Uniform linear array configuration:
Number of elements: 16
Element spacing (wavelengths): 0.25
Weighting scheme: exponential
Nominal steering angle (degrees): -45
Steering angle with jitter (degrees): -46.653
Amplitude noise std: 0.05
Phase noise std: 0.05

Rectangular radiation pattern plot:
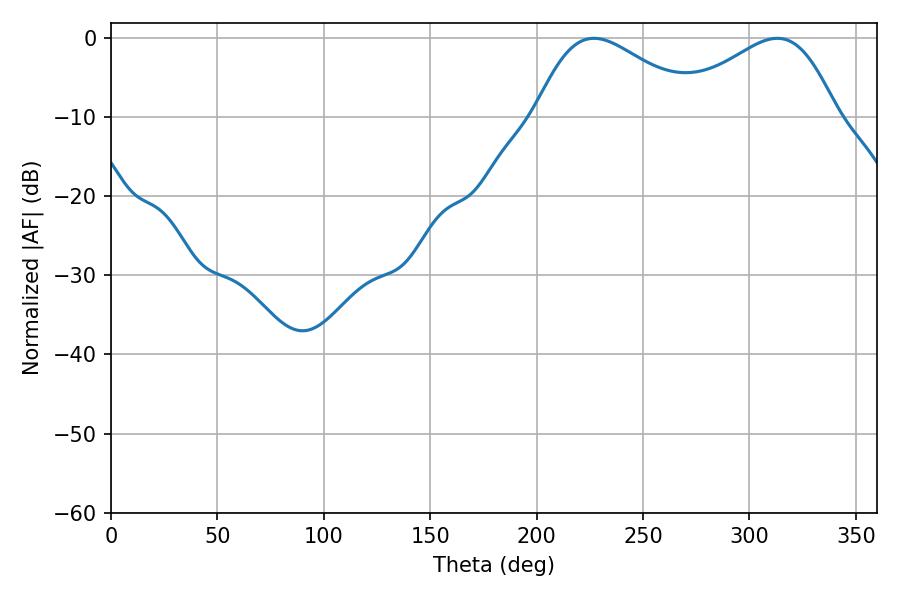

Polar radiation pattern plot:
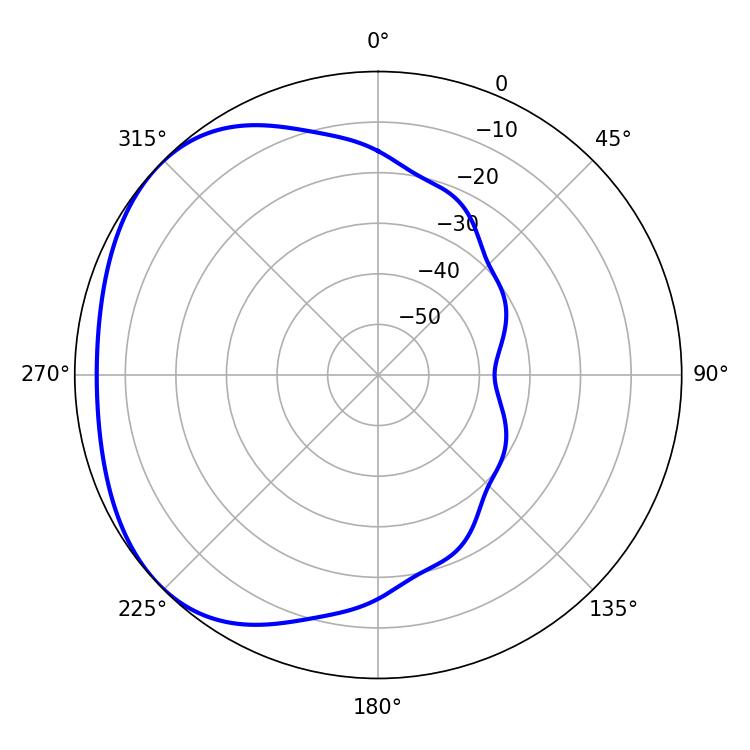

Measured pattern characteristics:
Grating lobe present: FALSE
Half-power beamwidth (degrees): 41.04
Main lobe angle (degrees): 226.98